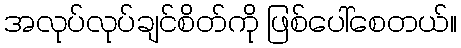
အလုပ်လုပ်ချင်စိတ်ကို ဖြစ်ပေါ်စေတယ်။